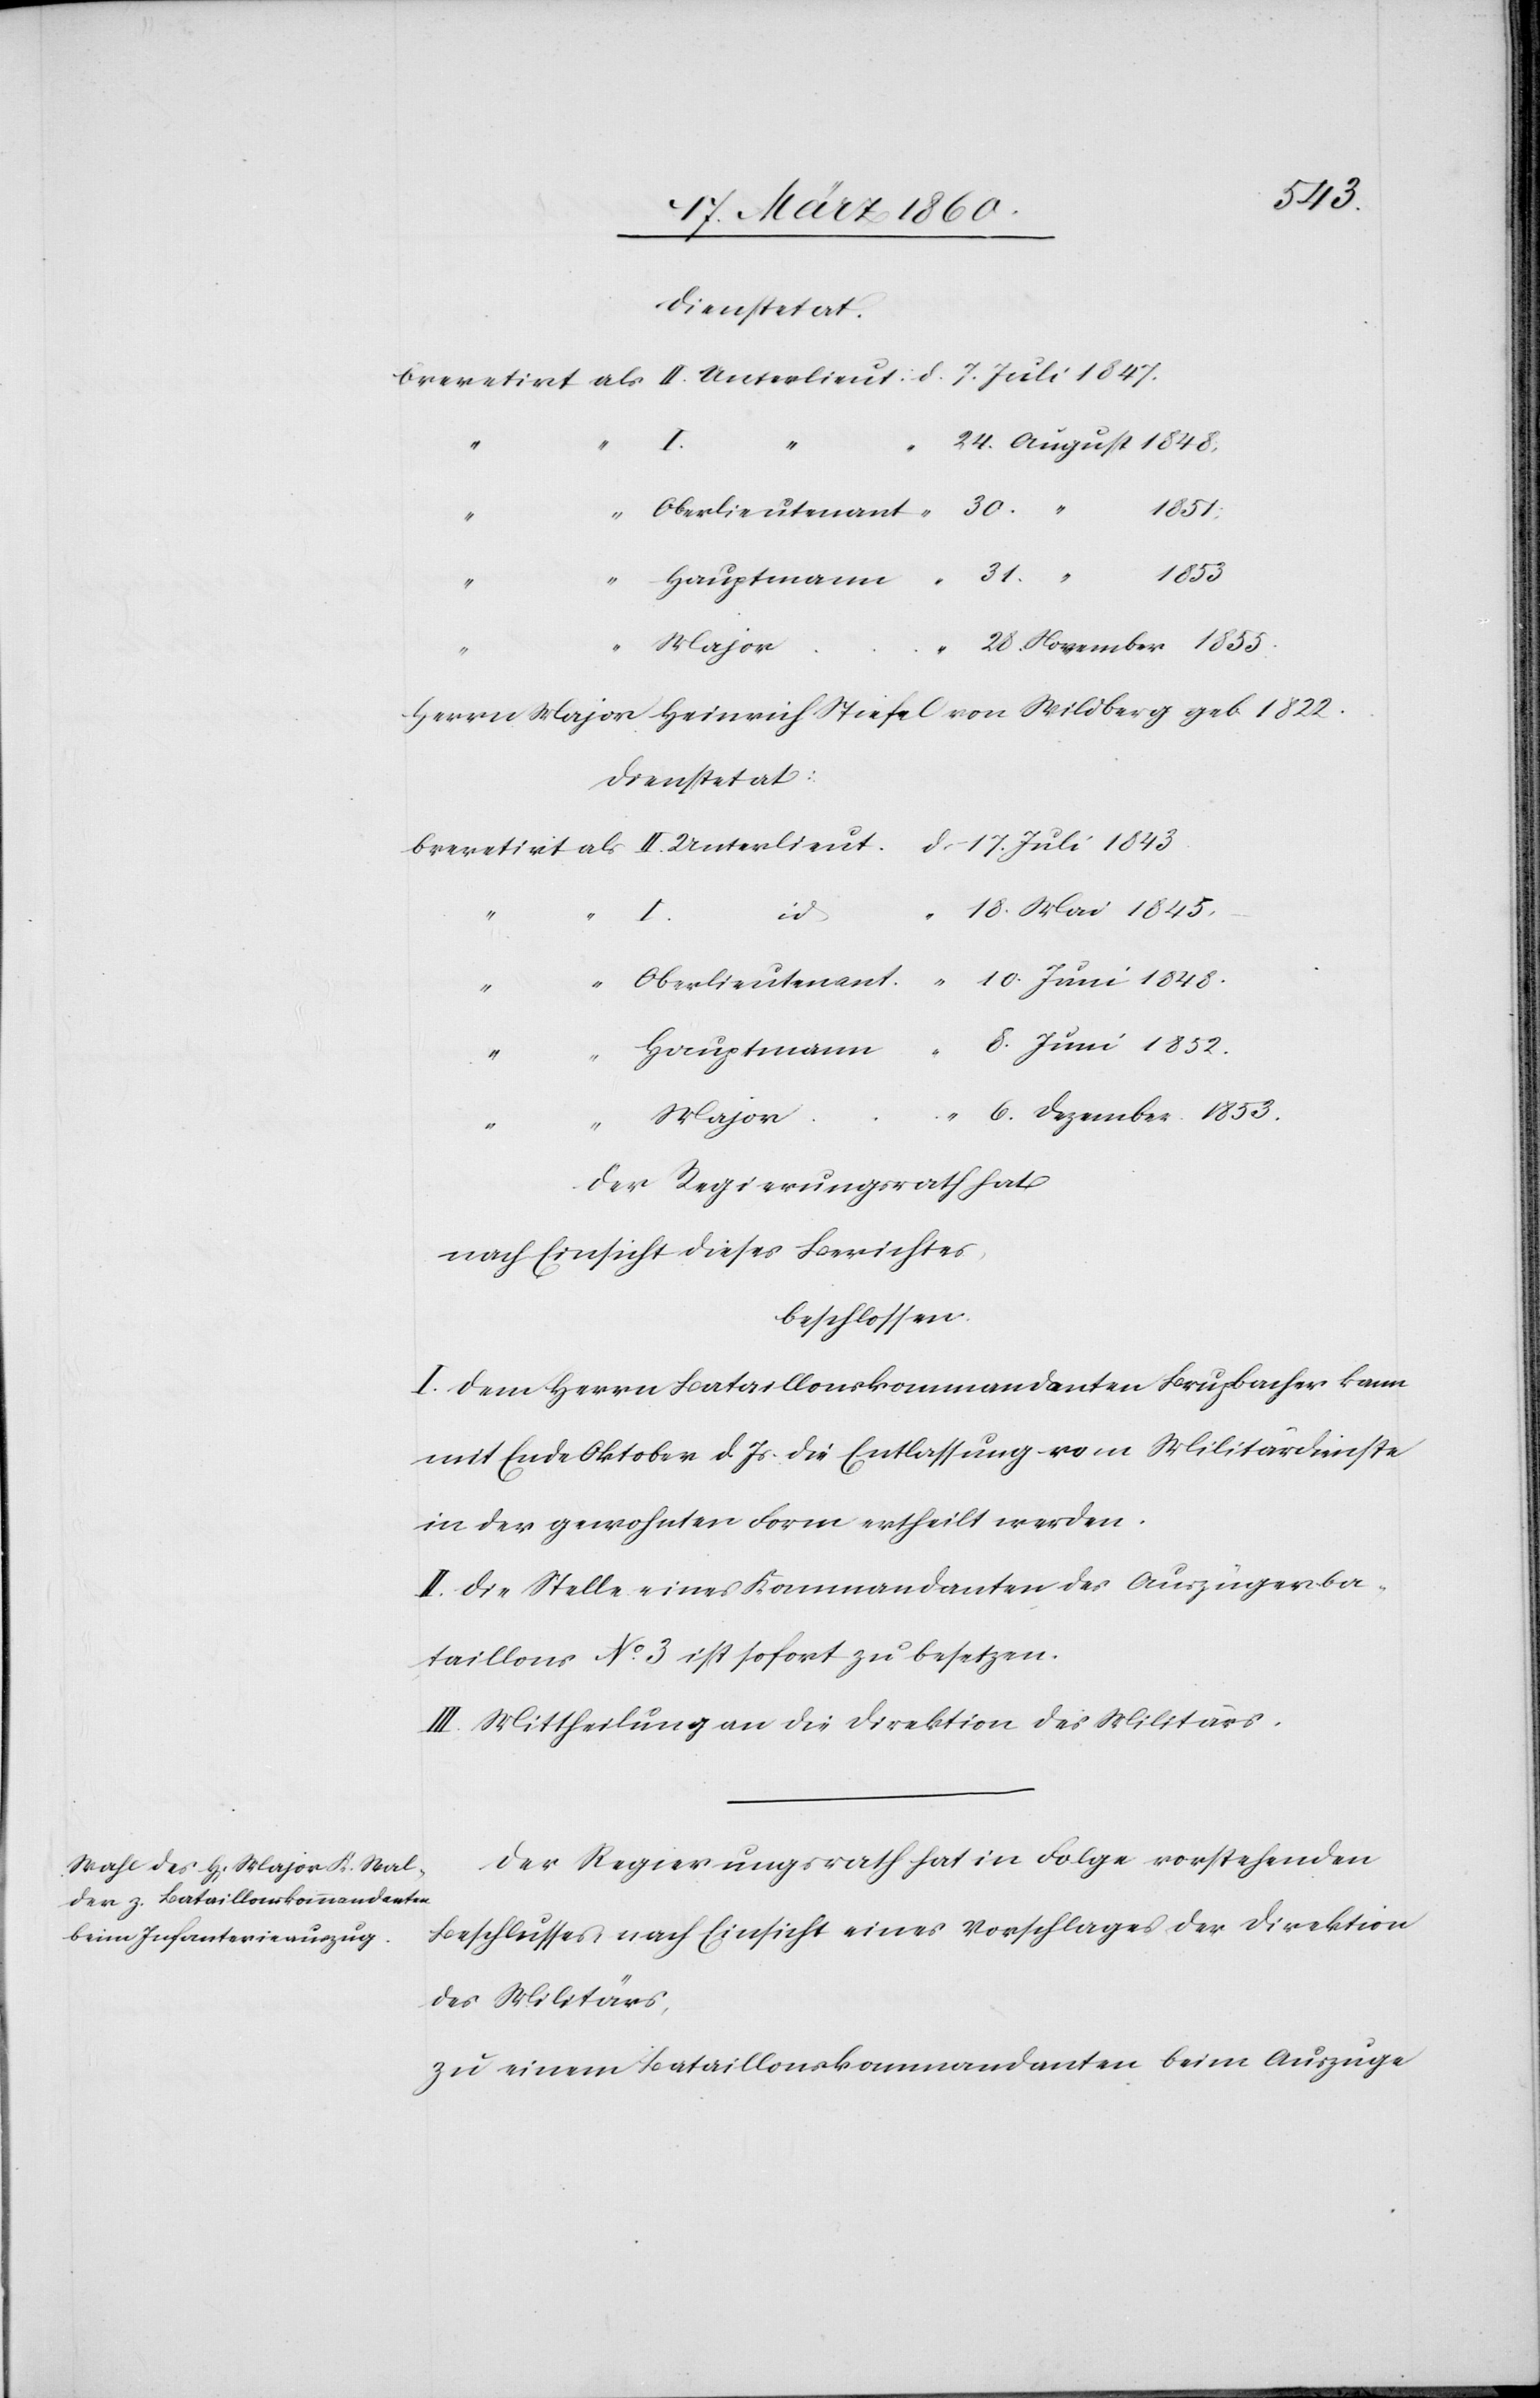
August 1848.
1851.
“
1853.
“
6.
Hauptmann
Herrn Major Heinrich Stiefel von Wildberg geb. 1822.
Dienstetat
8.
“
Oberlieutenant
24.
Major
Der Regierungsrath hat
nach Einsicht dieses Berichtes,
beschlossen:
I. Dem Herrn Bataillonskommandanten Brupbacher kann
mit Ende Oktober d. Js. die Entlassung vom Militärdienste
in der gewohnten Form ertheilt werden.
II. Die Stelle eines Kommandanten des Auszügerba¬
taillons No 3. ist sofort zu besetzen.
III. Mittheilung an die Direktion des Militärs.
Der Regierungsrath hat in Folge vorstehenden
Beschlusses, nach Einsicht eines Vorschlages der Direktion
des Militärs,
zu einem Bataillonskommandanten beim Auszuge